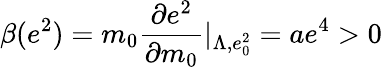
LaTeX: \beta(e^{2})=m_{0}\frac{\partial e^{2}}{\partial m_{0}}|_{\Lambda,e_{0}^{2}}=ae^{4}>0